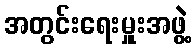
အတွင်းရေးမှူးအဖွဲ့